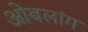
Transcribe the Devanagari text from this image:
ओबलांग